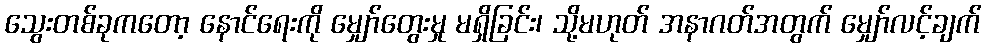
သွေးတစ်ခုကတော့ နောင်ရေးကို မျှော်တွေးမှု မရှိခြင်း၊ သို့မဟုတ် အနာဂတ်အတွက် မျှော်လင့်ချက်